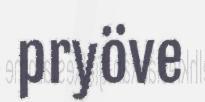
pryöve